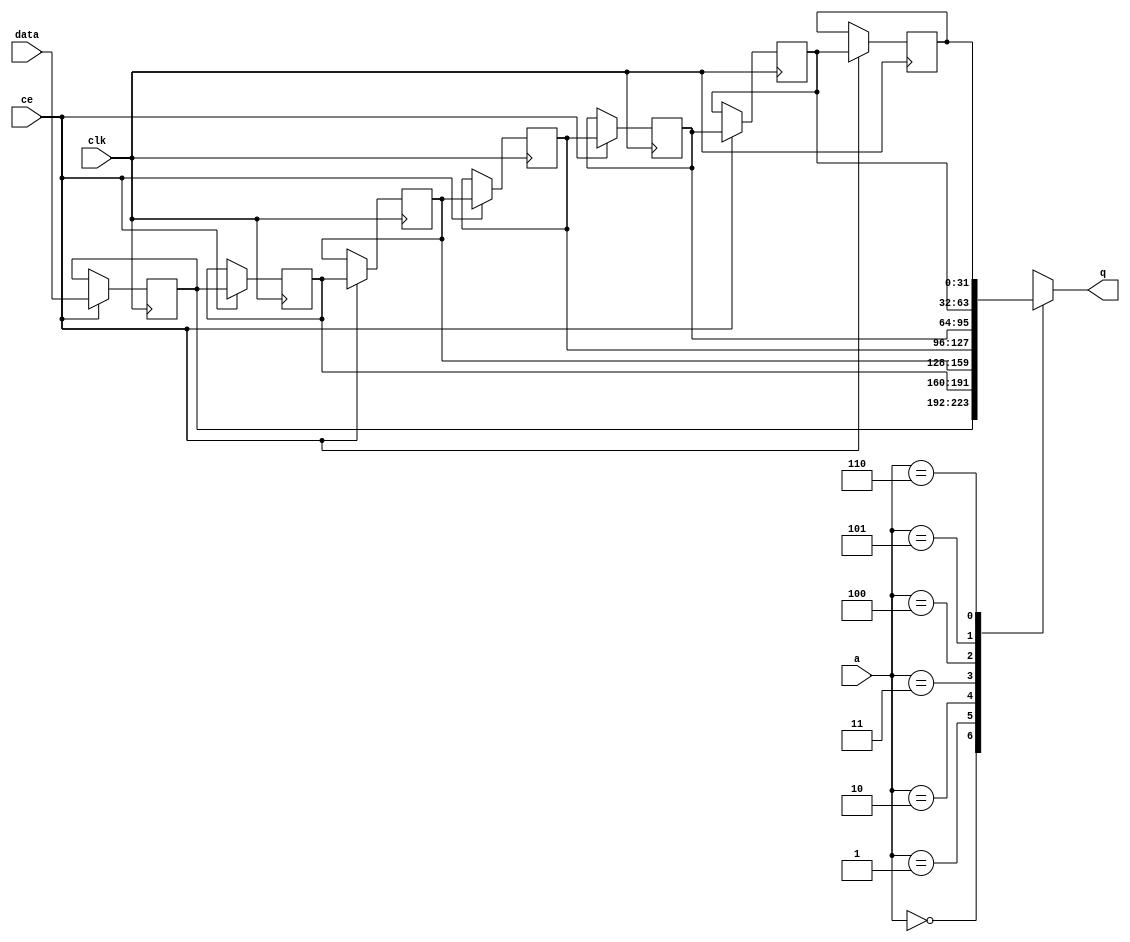
// Copyright (C) 2022, Advanced Micro Devices, Inc. All rights reserved.
// SPDX-License-Identifier: MIT
// ==============================================================
// ==============================================================

`timescale 1 ns / 1 ps

module pp_pipeline_accel_fifo_w32_d7_S_shiftReg (
    clk,
    data,
    ce,
    a,
    q);

parameter DATA_WIDTH = 32'd32;
parameter ADDR_WIDTH = 32'd3;
parameter DEPTH = 4'd7;

input clk;
input [DATA_WIDTH-1:0] data;
input ce;
input [ADDR_WIDTH-1:0] a;
output [DATA_WIDTH-1:0] q;

reg[DATA_WIDTH-1:0] SRL_SIG [0:DEPTH-1];
integer i;

always @ (posedge clk)
    begin
        if (ce)
        begin
            for (i=0;i<DEPTH-1;i=i+1)
                SRL_SIG[i+1] <= SRL_SIG[i];
            SRL_SIG[0] <= data;
        end
    end

assign q = SRL_SIG[a];

endmodule

module pp_pipeline_accel_fifo_w32_d7_S (
    clk,
    reset,
    if_num_data_valid,
    if_fifo_cap,
    if_empty_n,
    if_read_ce,
    if_read,
    if_dout,
    if_full_n,
    if_write_ce,
    if_write,
    if_din);

parameter MEM_STYLE   = "shiftreg";
parameter DATA_WIDTH  = 32'd32;
parameter ADDR_WIDTH  = 32'd3;
parameter DEPTH       = 4'd7;

input clk;
input reset;
output if_empty_n;
input if_read_ce;
input if_read;
output wire [ADDR_WIDTH:0] if_num_data_valid;
output wire [ADDR_WIDTH:0] if_fifo_cap;
output[DATA_WIDTH - 1:0] if_dout;
output if_full_n;
input if_write_ce;
input if_write;
input[DATA_WIDTH - 1:0] if_din;

wire[ADDR_WIDTH - 1:0] shiftReg_addr ;
wire[DATA_WIDTH - 1:0] shiftReg_data, shiftReg_q;
wire                     shiftReg_ce;
reg[ADDR_WIDTH:0] mOutPtr = ~{(ADDR_WIDTH+1){1'b0}};
reg internal_empty_n = 0;
reg internal_full_n = 1;

assign if_full_n = internal_full_n;
assign if_empty_n = internal_empty_n;
assign shiftReg_data = if_din;
assign if_dout = shiftReg_q;

always @ (posedge clk) begin
    if (reset == 1'b1)
    begin
        mOutPtr <= ~{ADDR_WIDTH+1{1'b0}};
        internal_empty_n <= 1'b0;
        internal_full_n <= 1'b1;
    end
    else begin
        if (((if_read & if_read_ce) == 1 & internal_empty_n == 1) && 
            ((if_write & if_write_ce) == 0 | internal_full_n == 0))
        begin
            mOutPtr <= mOutPtr - 4'd1;
            if (mOutPtr == 4'd0)
                internal_empty_n <= 1'b0;
            internal_full_n <= 1'b1;
        end 
        else if (((if_read & if_read_ce) == 0 | internal_empty_n == 0) && 
            ((if_write & if_write_ce) == 1 & internal_full_n == 1))
        begin
            mOutPtr <= mOutPtr + 4'd1;
            internal_empty_n <= 1'b1;
            if (mOutPtr == DEPTH - 4'd2)
                internal_full_n <= 1'b0;
        end 
    end
end

assign shiftReg_addr = mOutPtr[ADDR_WIDTH] == 1'b0 ? mOutPtr[ADDR_WIDTH-1:0]:{ADDR_WIDTH{1'b0}};
assign shiftReg_ce = (if_write & if_write_ce) & internal_full_n;
assign if_num_data_valid = mOutPtr + 1'b1;
assign if_fifo_cap = DEPTH;

pp_pipeline_accel_fifo_w32_d7_S_shiftReg 
#(
    .DATA_WIDTH(DATA_WIDTH),
    .ADDR_WIDTH(ADDR_WIDTH),
    .DEPTH(DEPTH))
U_pp_pipeline_accel_fifo_w32_d7_S_ram (
    .clk(clk),
    .data(shiftReg_data),
    .ce(shiftReg_ce),
    .a(shiftReg_addr),
    .q(shiftReg_q));

endmodule